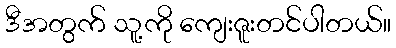
ဒီအတွက် သူ့ကို ကျေးဇူးတင်ပါတယ်။